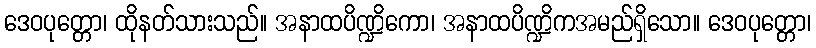
ဒေဝပုတ္တော၊ ထိုနတ်သားသည်။ အနာထပိဏ္ဍိကော၊ အနာထပိဏ္ဍိကအမည်ရှိသော။ ဒေဝပုတ္တော၊